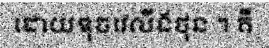
ដោយឌុចវេលីងថុន ។ គឺ